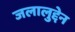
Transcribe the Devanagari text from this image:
जलालुद्देन